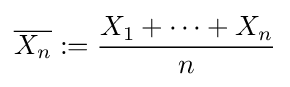
{\overline {X_{n}}}:={\frac {X_{1}+\cdots +X_{n}}{n}}